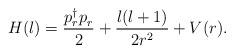
LaTeX: \begin{align*}H(l) = {p_r^\dagger p_r^{} \over 2} + { l(l+1) \over 2r^2 } + V(r).\end{align*}